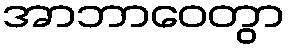
အာဘာဝေတွာ